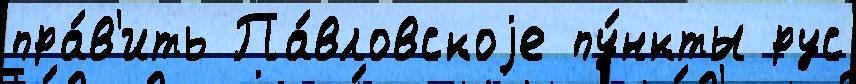
пра́в'ить Па́вловскоjе пу́нкты рус